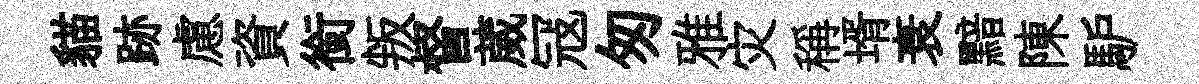
貓跡慮資銜叛督葳冦匆雅灾稱壻衰黯陳馿